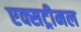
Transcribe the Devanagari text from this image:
एक्सट्रीमल